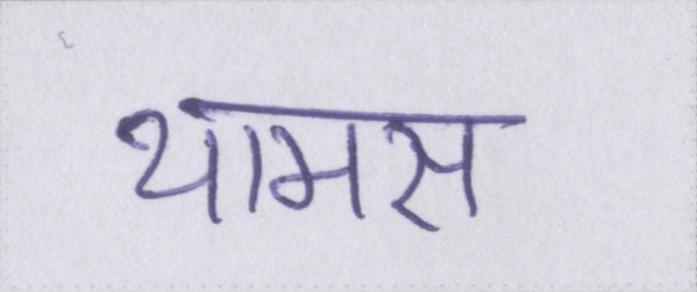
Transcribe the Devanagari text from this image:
थामस